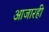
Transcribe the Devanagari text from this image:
आजारही